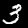
Digit: 3